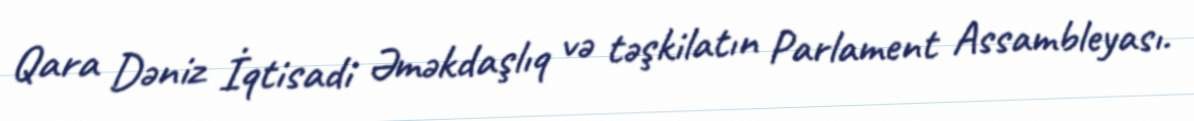
Qara Dəniz İqtisadi Əməkdaşlıq və təşkilatın Parlament Assambleyası.